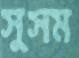
সুসম